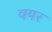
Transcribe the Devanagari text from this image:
वयर